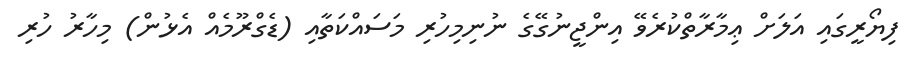
ފިޔޯރީގައި އަލަށް ޢިމާރާތްކުރެވޭ އިންޖީނުގޭގެ ނުނިމިހުރި މަސައްކަތާއި (ޑެގްރޫމެއް އެޅުން) މިހާރު ހުރި